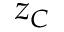
z _ { C }